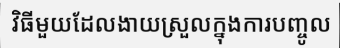
វិធីមួយដែលងាយស្រួលក្នុងការបញ្ចូល